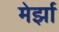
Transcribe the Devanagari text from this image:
मेर्झा